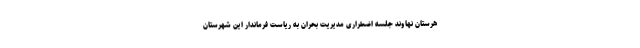
هرستان نهاوند جلسه اضطراری مدیریت بحران به ریاست فرماندار این شهرستان